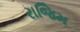
રાજિમ